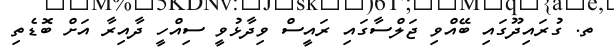
ތ. ގުރައިދޫގައި ބޭއްވި ޖަލްސާގައި ރައީސް ވިދާޅުވީ ސިއްހީ ދާއިރާ އަށް ބޮޑެތި